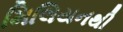
મિલિયનથી